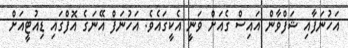
އަހުނަފާއި ޝަފްވާން އައިސް ގެއަށް ވަނީ އެކީގައެވެ. އަހުނަފް އޭނަގެ އޮފްގައި ޑިއުޓީއަށް